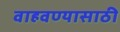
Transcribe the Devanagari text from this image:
वाहवण्यासाठी